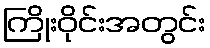
ကြိုးဝိုင်းအတွင်း